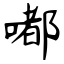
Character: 嘟